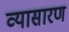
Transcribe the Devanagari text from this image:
व्यासारण